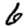
Digit: 6